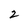
Character: 2